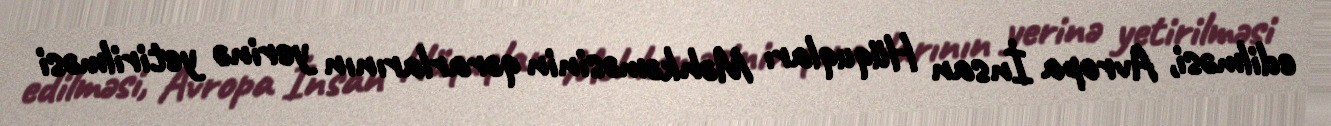
edilməsi, Avropa İnsan Hüquqları Məhkəməsinin qərarlarının yerinə yetirilməsi